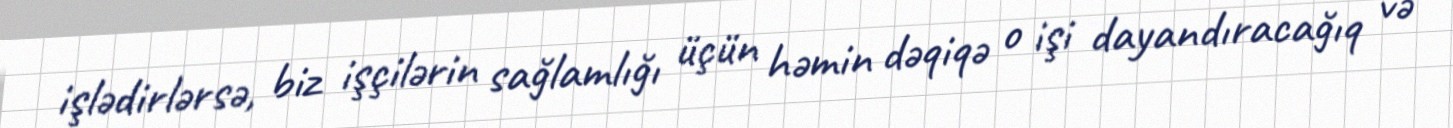
işlədirlərsə, biz işçilərin sağlamlığı üçün həmin dəqiqə o işi dayandıracağıq və